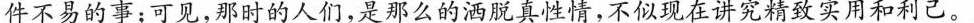
件不易的事；可见，那时的人们，是那么的洒脱真性情，不似现在讲究精致实用和利己。